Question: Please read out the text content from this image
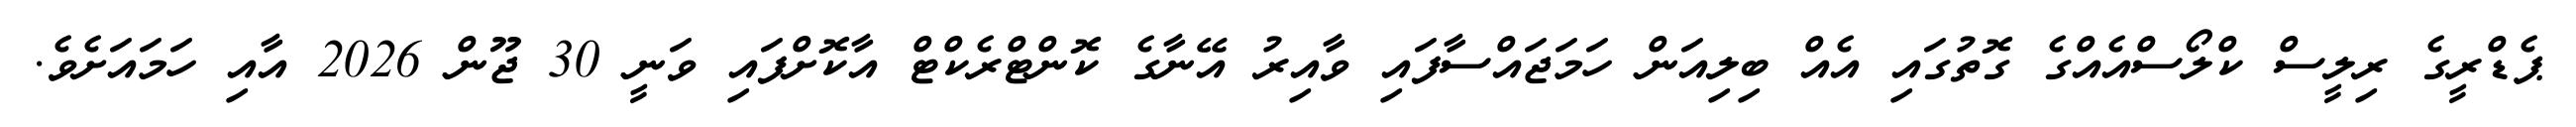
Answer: ޕެޑްރީގެ ރިލީސް ކްލޯސްއެއްގެ ގޮތުގައި އެއް ބިލިއަން ހަމަޖައްސާފައި ވާއިރު އޭނާގެ ކޮންޓްރެކްޓް އާކޮށްފައި ވަނީ 30 ޖޫން 2026 އާއި ހަމައަށެވެ.